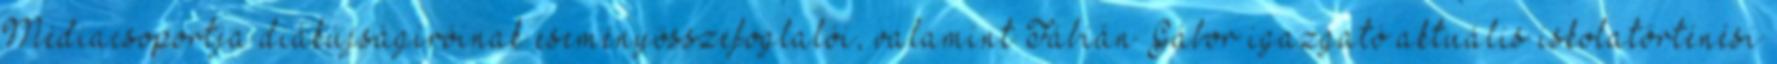
Médiacsoportja diákújságíróinak eseményösszefoglalói, valamint Fábián Gábor igazgató aktuális iskolatörténési